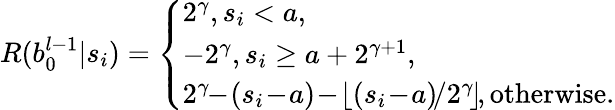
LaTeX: R(b_{0}^{l-1}|s_{i})=\left\{ \begin{array}{ll}{2^{\gamma},s_{i}<a,}\\ {-2^{\gamma},s_{i}\geq a+2^{\gamma+1},}\\ {2^{\gamma}\! \! -\! (s_{i}\! -\! a)\! -\! \left\lfloor{(s_{i}\! -\! a)\! /2^{\gamma}\! }\right\rfloor\! ,\mathrm{otherwise.}}\end{array}\right.